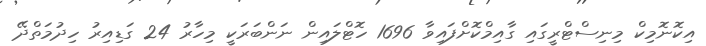
އިކޮނޮމިކް މިނިސްޓްރީގައި ގާއިމްކޮށްފައިވާ 1696 ހޮޓްލައިން ނަންބަރަކީ މިހާރު 24 ގަޑިއިރު ހިދުމަތްދޭ